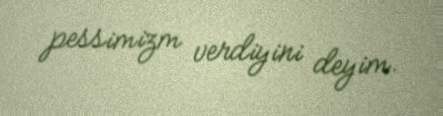
pessimizm verdiyini deyim.